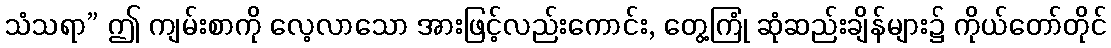
သံသရာ” ဤ ကျမ်းစာကို လေ့လာသော အားဖြင့်လည်းကောင်း, တွေ့ကြုံ ဆုံဆည်းချိန်များ၌ ကိုယ်တော်တိုင်